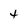
Character: t